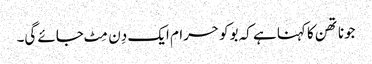
جوناتھن کا کہنا ہے کہ بوکو حرام ایک دِن مِٹ جائے گی۔